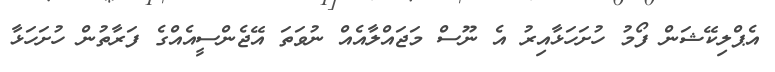
އެޕްލިކޭޝަން ފޯމު ހުށަހަޅާއިރު އެ ނޫސް މަޖައްލާއެއް ނުވަތަ އޭޖެންސީއެއްގެ ފަރާތުން ހުށަހަޅާ